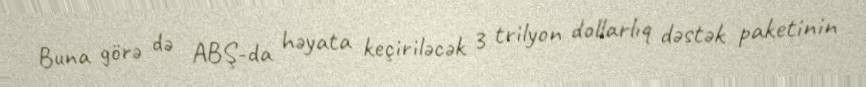
Buna görə də ABŞ-da həyata keçiriləcək 3 trilyon dollarlıq dəstək paketinin